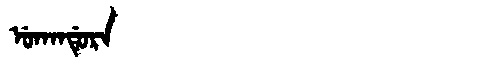
Manchu: ᡠᡴᠠᠨᡩᡠᡵᠠ
Romanization: UKANDURA